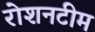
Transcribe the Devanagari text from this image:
रोशनटीम